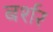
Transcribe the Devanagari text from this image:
बर्शर